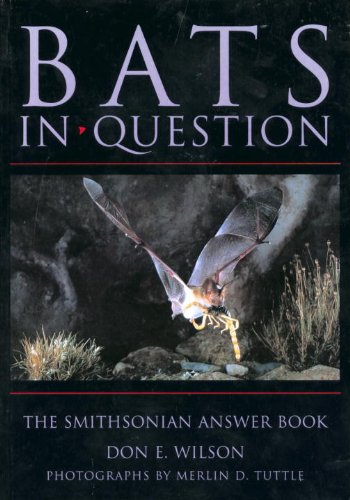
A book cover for Bats in Question: The Smithsonian Answer Book; Don E. Wilson; Science & Math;